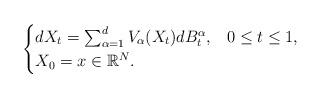
LaTeX: \begin{align*}\begin{cases}dX_{t}=\sum_{\alpha=1}^{d}V_{\alpha}(X_{t})dB_{t}^{\alpha}, & 0\leq t\leq1,\\X_{0}=x\in\mathbb{R}^{N}.\end{cases}\end{align*}